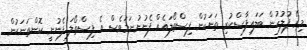
މިރޭ ފުލުހުން ބަލައިފާސްކުރި ތަނަކުން ފިސްތޯލައެއް ފެނުނުނަމަވެސް އެ ފިސްތޯލަ ފެނުނީ ކޮންތަނަކުން